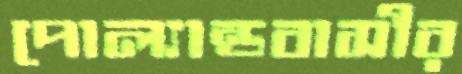
পোল্যান্ডবাসীর